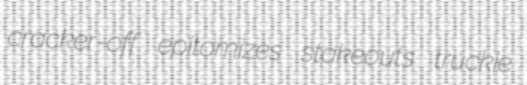
cracker-off epitomizes stakeouts truckie